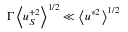
\Gamma \left< u _ { S } ^ { + 2 } \right> ^ { 1 / 2 } \ll \left< u ^ { * 2 } \right> ^ { 1 / 2 }